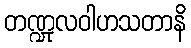
တဏ္ဍုလဝါဟသတာနိ